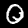
Digit: 0